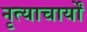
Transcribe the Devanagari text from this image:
नृत्याचार्यों